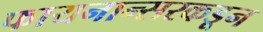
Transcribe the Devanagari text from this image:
फायनान्सरकडून